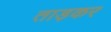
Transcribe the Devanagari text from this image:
ताड़कर